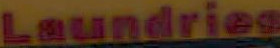
Laundries